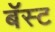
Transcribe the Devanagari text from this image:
बॅस्ट